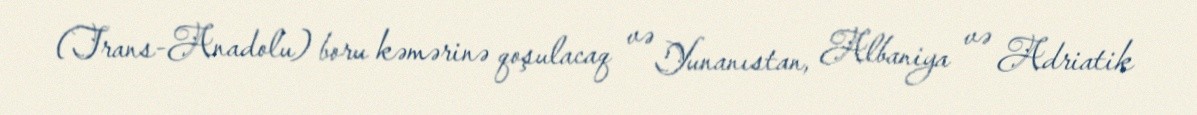
(Trans-Anadolu) boru kəmərinə qoşulacaq və Yunanıstan, Albaniya və Adriatik